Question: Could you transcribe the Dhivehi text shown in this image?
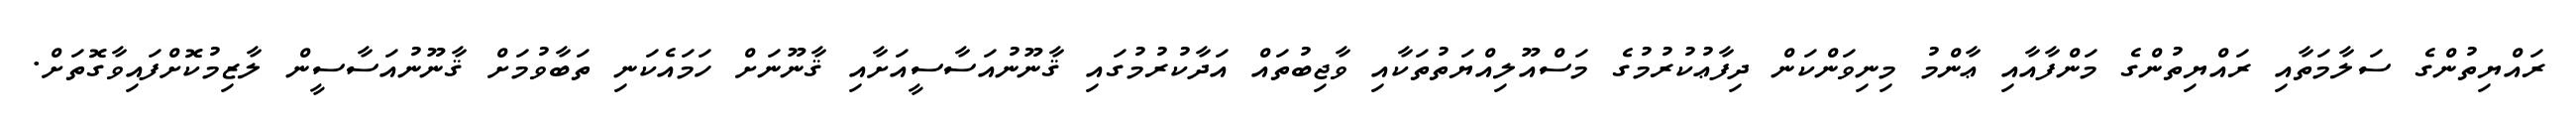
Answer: ރައްޔިތުންގެ ސަލާމަތާއި ރައްޔިތުންގެ މަންފާއާއި ޢާންމު މިނިވަންކަން ދިފާޢުކުރުމުގެ މަސްއޫލިއްޔަތުތަކާއި ވާޖިބުތައް އަދާކުރުމުގައި ޤާނޫނުއަސާސީއަށާއި ޤާނޫނަށް ހަމައެކަނި ތަބާވުމަށް ޤާނޫނުއަސާސީން ލާޒިމުކޮށްފައިވާގޮތަށް.